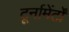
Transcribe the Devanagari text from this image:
टूर्नामेंर्टों